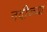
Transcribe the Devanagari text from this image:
नदीच्च्या